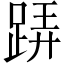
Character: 𨁦